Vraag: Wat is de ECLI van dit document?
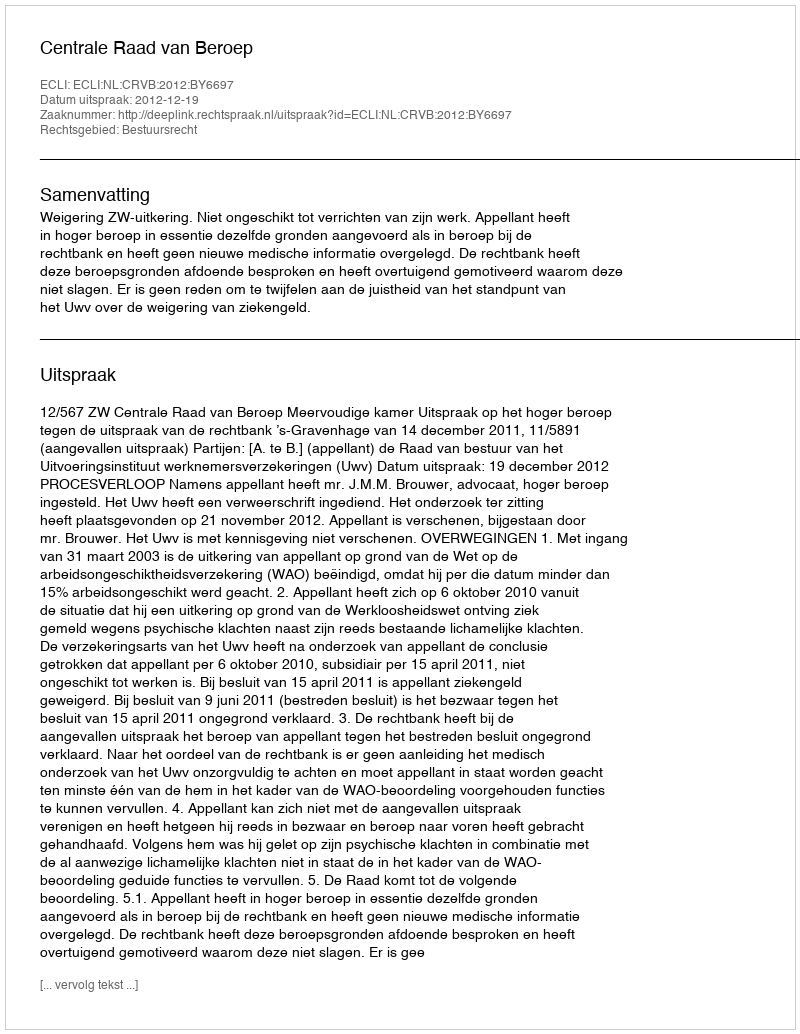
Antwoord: ECLI:NL:CRVB:2012:BY6697